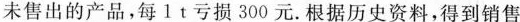
未售出的产品，每1t亏损300元。根据历史资料，得到销售